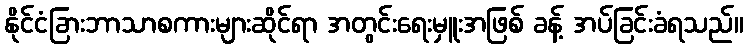
နိုင်ငံခြားဘာသာစကားများဆိုင်ရာ အတွင်းရေးမှူးအဖြစ် ခန့် အပ်ခြင်းခံရသည်။